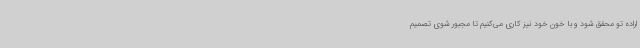
اراده تو محقق شود و با خون خود نیز کاری می‌کنیم تا مجبور شوی تصمیم